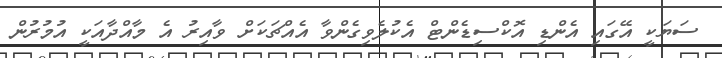
ސަޔަކީ އޭގައި އެންޑި އޮކްސިޑެންޓް އެކުލެވިގެންވާ އެއްޗަކަށް ވާއިރު އެ މާއްދާއަކީ އުމުރުން